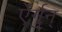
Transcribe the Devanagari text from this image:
ऐर्गुन्